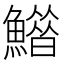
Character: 𩻶